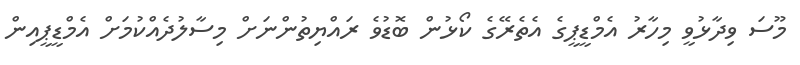
މޫސަ ވިދާޅުވީ މިހާރު އެމްޑީޕީގެ އެތެރޭގެ ކޯޅުން ބޮޑުވެ ރައްޔިތުންނަށް މިސާލުދެއްކުމަށް އެމްޑީޕީއިން